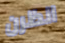
انظرن